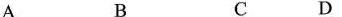
A B C D